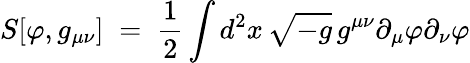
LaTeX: S[\varphi,g_{\mu\nu}]\; =\; \frac{1}{2}\int d^{2}x\, \sqrt{-g}\, g^{\mu\nu}\partial_{\mu}\varphi\partial_{\nu}\varphi